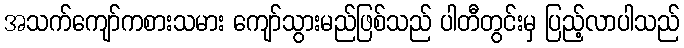
အသက်ကျော်ကစားသမား ကျော်သွားမည်ဖြစ်သည် ပါတီတွင်းမှ ပြည့်လာပါသည်